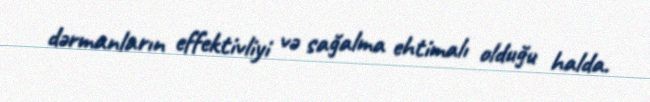
dərmanların effektivliyi və sağalma ehtimalı olduğu halda.